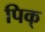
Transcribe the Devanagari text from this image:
पिक्